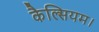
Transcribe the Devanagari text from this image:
कैल्सियम।